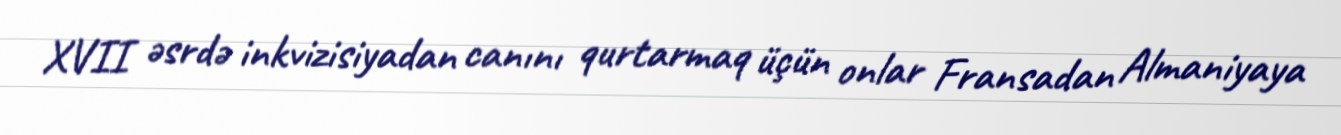
XVII əsrdə inkvizisiyadan canını qurtarmaq üçün onlar Fransadan Almaniyaya